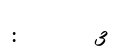
:       3